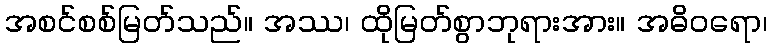
အစင်စစ်မြတ်သည်။ အဿ၊ ထိုမြတ်စွာဘုရားအား။ အဓိဝရော၊